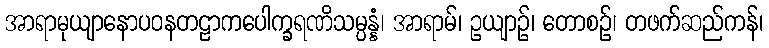
အာရာမုယျာနောပဝနတဠာကပေါက္ခရဏိသမ္ပန္နံ၊ အာရာမ်၊ ဥယျာဉ်၊ တောစဉ်၊ တဖက်ဆည်ကန်၊